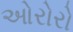
ઓરોરો